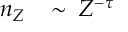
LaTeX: n _ { Z } \; \; \; \sim \; Z ^ { - \tau }